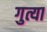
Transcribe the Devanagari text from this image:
गुत्या